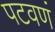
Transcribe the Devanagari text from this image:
पटवणं